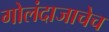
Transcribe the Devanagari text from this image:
गोलंदाजाचेच